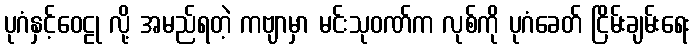
ပုဂံနှင့်ဝေဠု လို့ အမည်ရတဲ့ ကဗျာမှာ မင်းသုဝဏ်က လုစ်ကို ပုဂံခေတ် ငြိမ်းချမ်းရေး